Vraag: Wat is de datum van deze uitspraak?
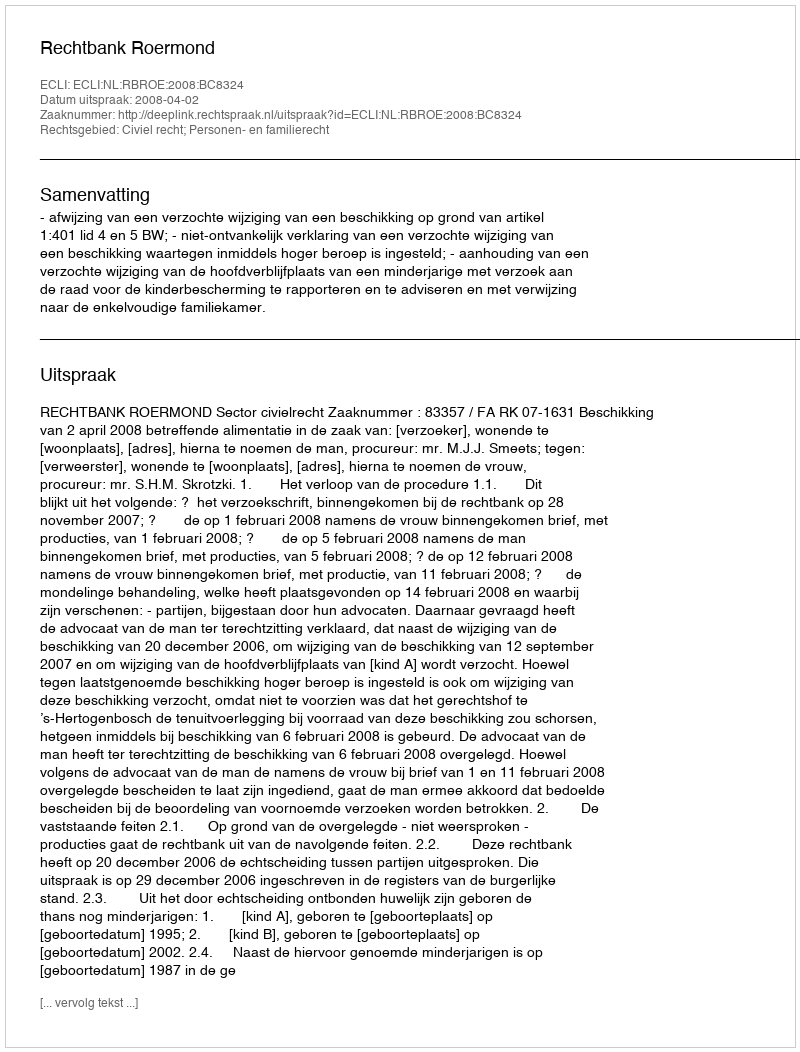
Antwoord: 2008-04-02